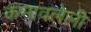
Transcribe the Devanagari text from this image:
कमावलेली